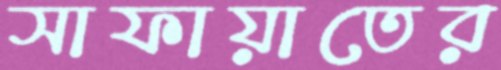
সাফায়াতের